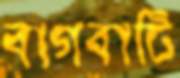
বাগবাটি